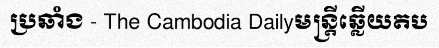
ប្រឆាំង - The Cambodia Dailyមន្ត្រីឆ្លើយតប